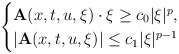
\begin{align*}\begin{cases}\mathbf{A}(x,t,u,\xi) \cdot \xi \geq c_0 |\xi|^p, \\\left|\mathbf{A}(x,t,u,\xi)\right|\leq c_1|\xi|^{p-1}\end{cases}\end{align*}